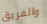
والفريق